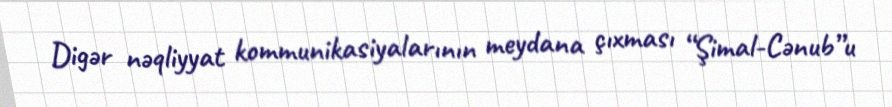
Digər nəqliyyat kommunikasiyalarının meydana çıxması “Şimal-Cənub”u